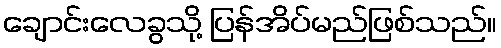
ချောင်းလေခွသို့ ပြန်အိပ်မည်ဖြစ်သည်။